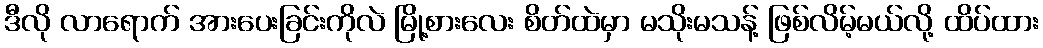
ဒီလို လာရောက် အားပေးခြင်းကိုလဲ မြို့စားလေး စိတ်ထဲမှာ မသိုးမသန့် ဖြစ်လိမ့်မယ်လို့ ထိပ်ထား